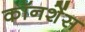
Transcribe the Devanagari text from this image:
कॉनशेंस